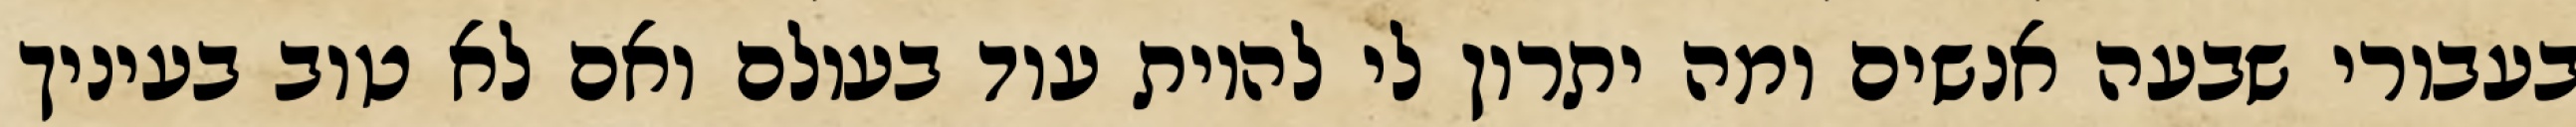
בעבורי שבעה אנשים ומה יתרון לי להיות עוד בעולם ואם לא טוב בעיניך